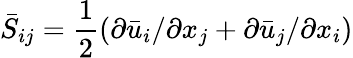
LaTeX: {\bar{S}_{ij}}=\frac{1}{2}\left({\partial{{\bar{u}}_{i}}}/{{\partial{x_{j}}}}+{\partial{{\bar{u}}_{j}}}/{{\partial{x_{i}}}}\right)